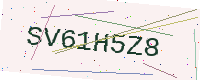
Text: SV61H5Z8